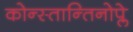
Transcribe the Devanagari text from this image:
कोन्स्तान्तिनोप्ले